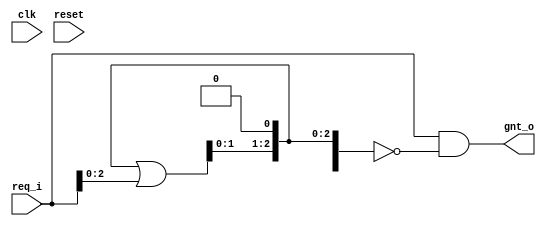
//Signle-cycle Parameterized prority arbiter
//coded with 3 assign statements

module priority_arbiter
#(parameter N=4)(
input   wire          clk,
input   wire          reset,
input   wire [N-1:0]  req_i,
output  wire [N-1:0]  gnt_o
);

wire [N-1:0] higher_pri_reqs;

//create an intermediate mask higher_pri_reqs[3] = higher_pri_reqs[2] | req_i[2];
assign higher_pri_reqs[N-1:1] = higher_pri_reqs[N-2:0] | req_i[N-2:0];
assign higher_pri_reqs[0] = 1'b0;
assign gnt_o[N-1:0] = req_i[N-1:0] & ~higher_pri_reqs[N-1:0];



endmodule